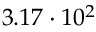
3 . 1 7 \cdot 1 0 ^ { 2 }